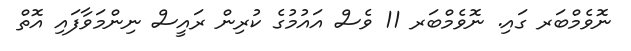
ނޮވެމްބަރ ގައި. ނޮވެމްބަރ 11 ވެސް އައުމުގެ ކުރިން ރައީސް ނިންމަވާފައި އޮތް